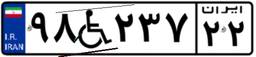
۹۸W۲۳۷۲۲